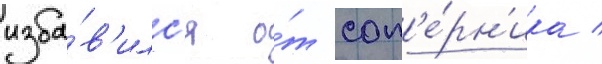
изба́в'илс'я о́т соп'е́рн'ика /